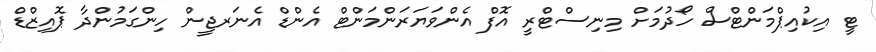
ޓީ އިކުއިޕްމަންޓްސް ހޯދުމަށް މިނިސްޓްރީ އޮފް އެންވަޔަރަންމަންޓް އެންޑް އެނަރޖީން ހިންގަމުންދާ ޕޮއިޒްޑް